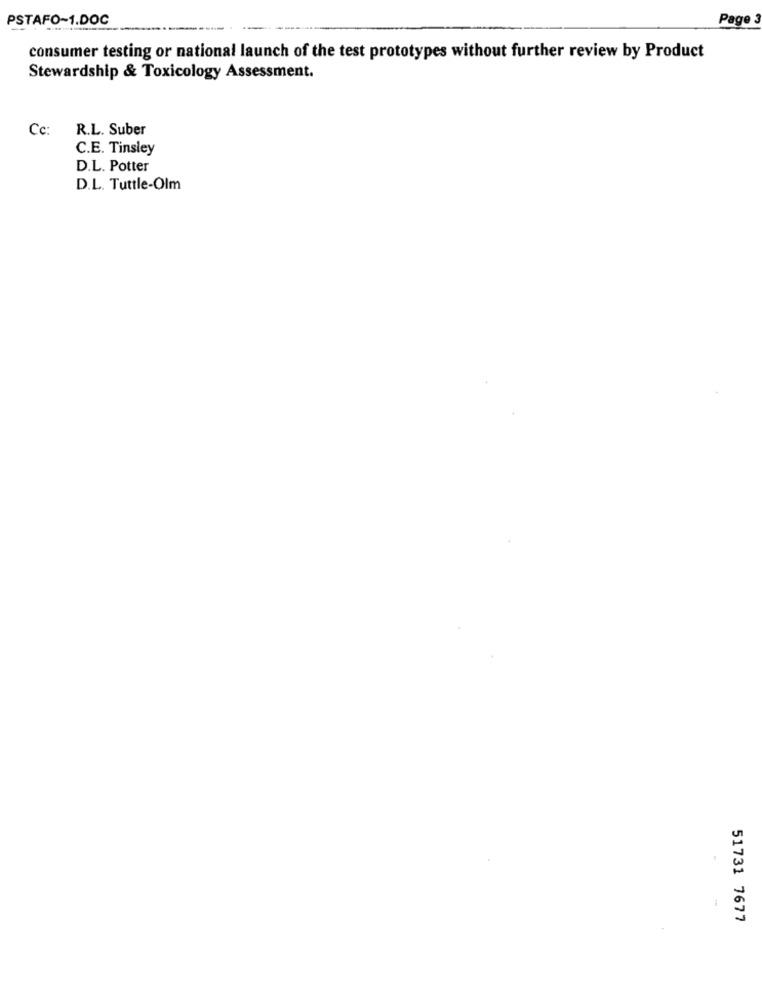
PSTAFO~1.DOC
Page 3
consumer testing or national launch of the test prototypes without further review by Product
Stewardship & Toxicology Assessment.
Cc:
R.L. Suber
C.E. Tinsley
D.L. Potter
D.L. Tuttle-Olm
51731 7677